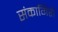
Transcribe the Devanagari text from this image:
संकागिरी